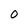
Character: 0